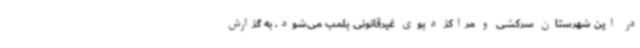
در این شهرستان سرکشی و مراکز دپوی غیرقانونی پلمب می‌شود. به گزارش